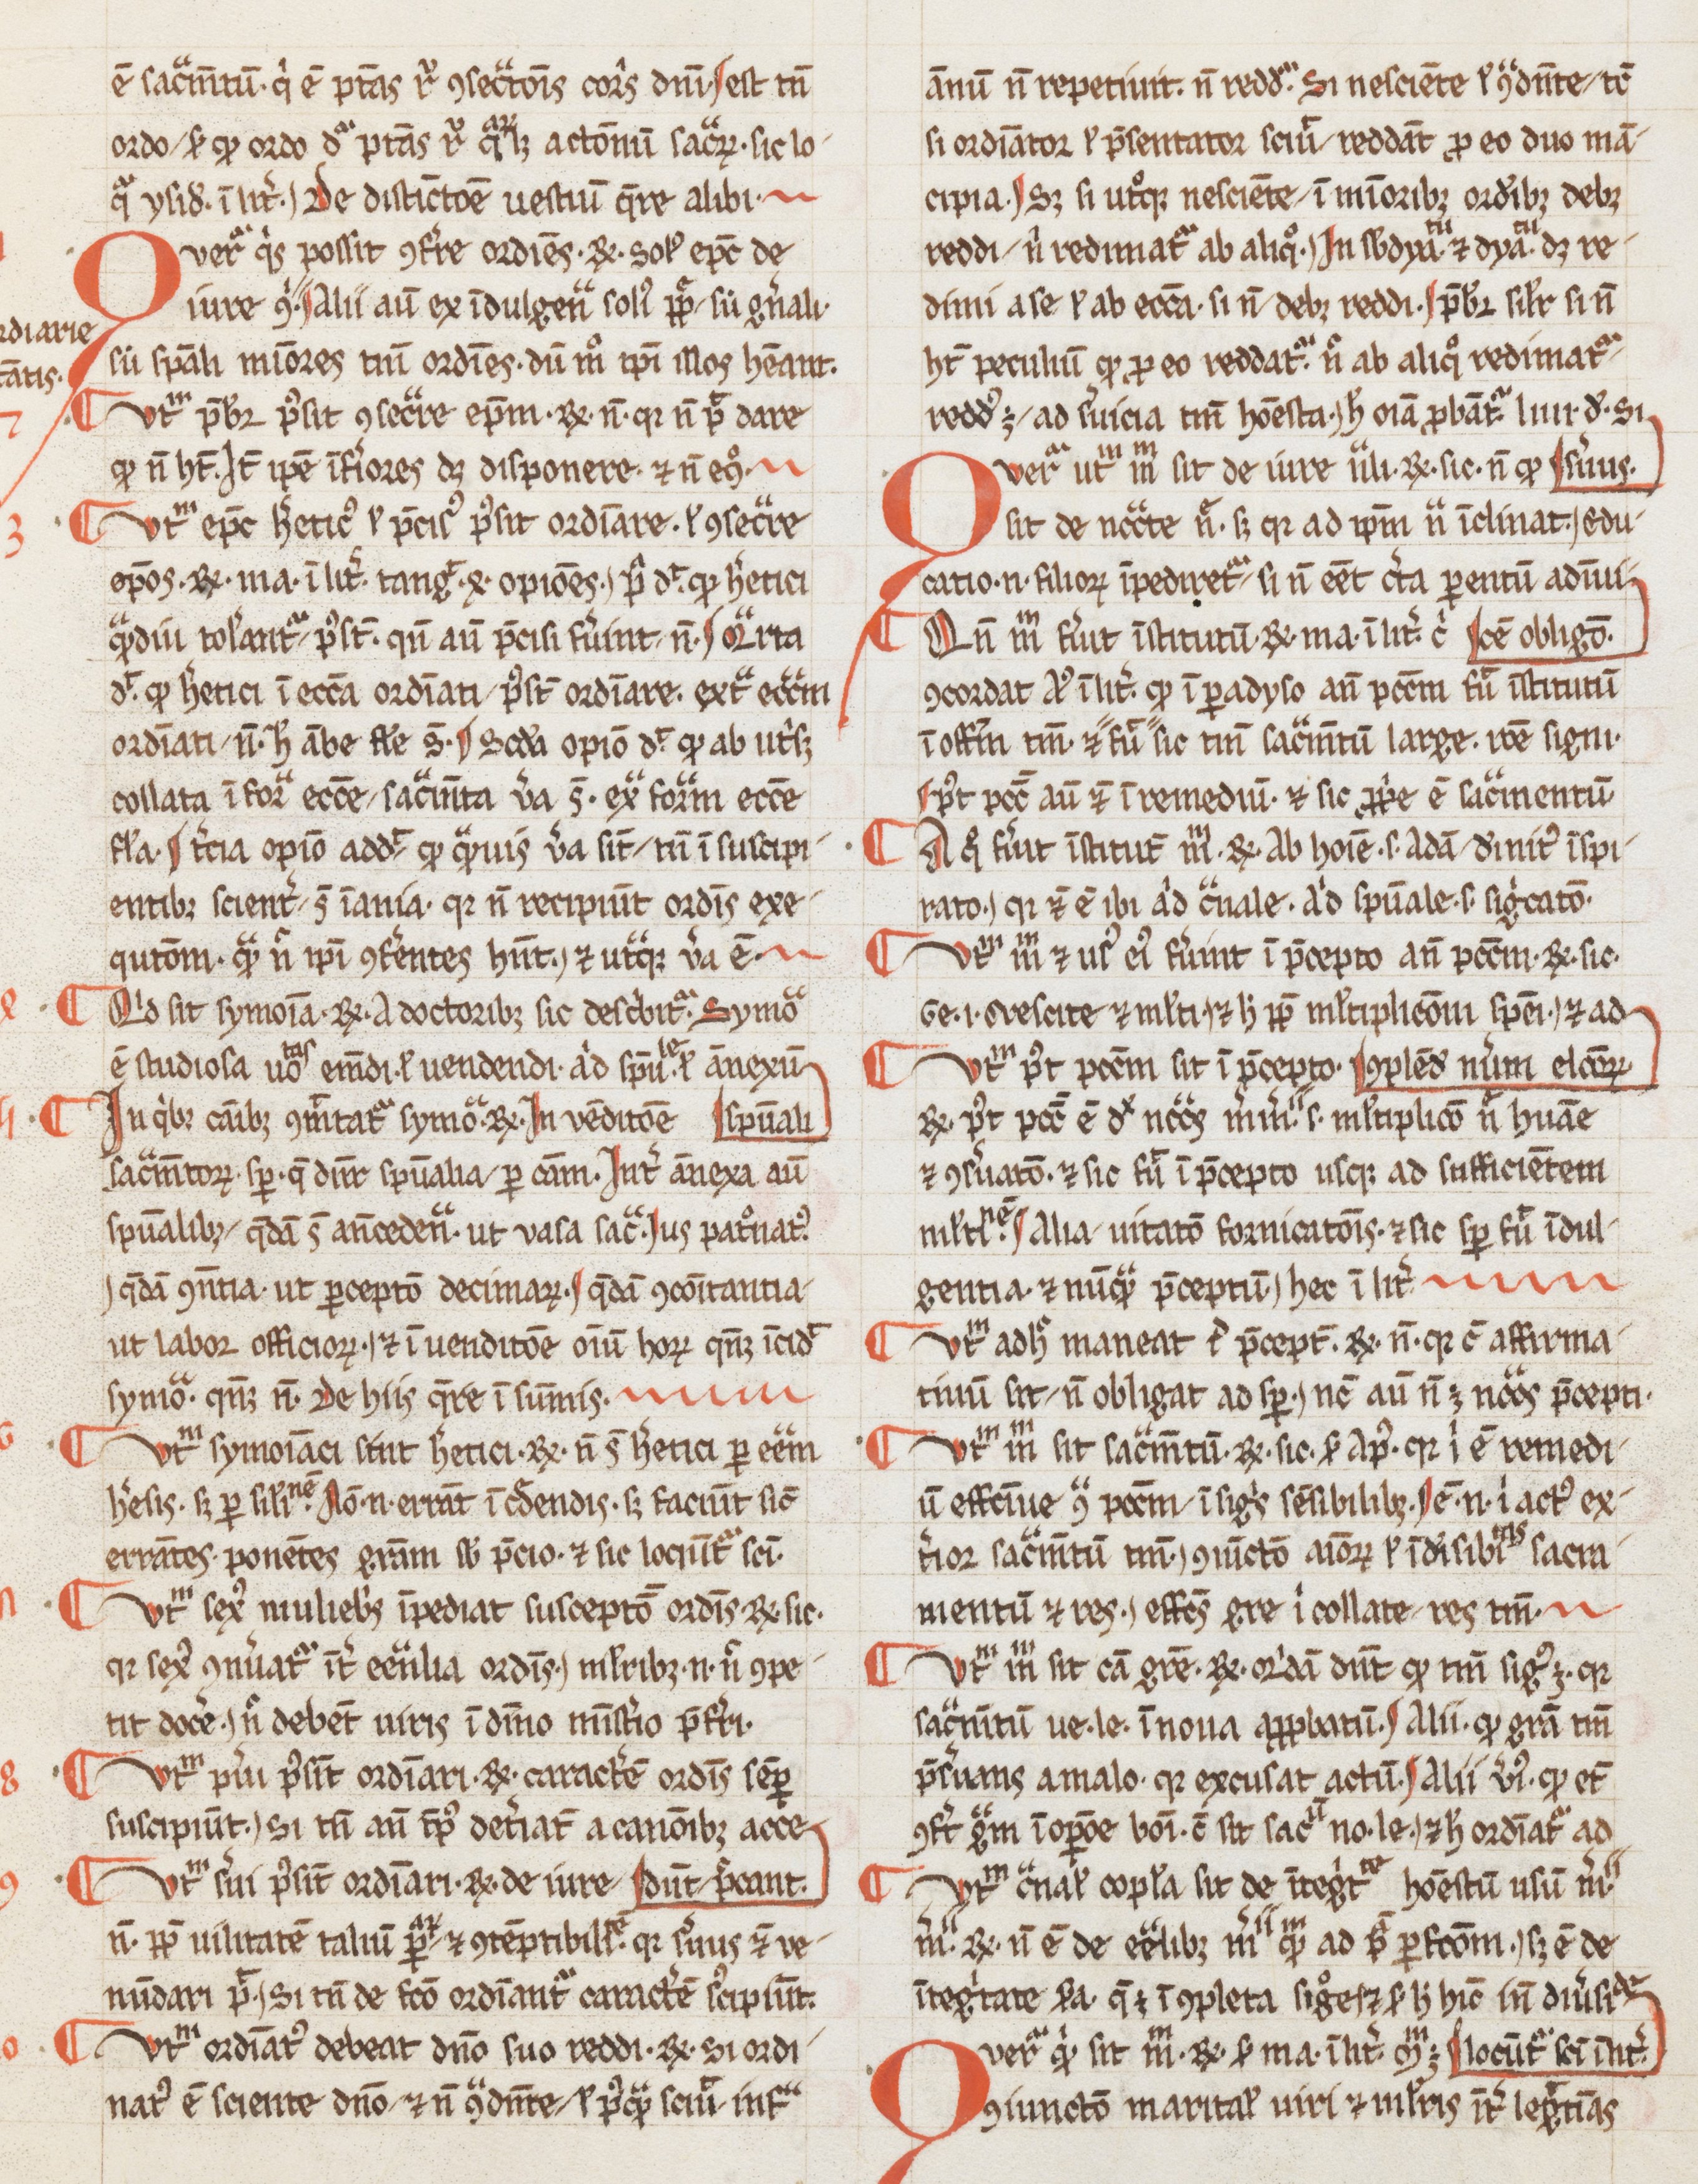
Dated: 1265–1285